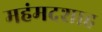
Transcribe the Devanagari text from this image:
महंमदशाह